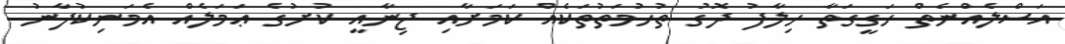
އަސްލެއްނެތް ހަގީގަތާ ހިލާފު ދޮގު ތުހުމަތުތަކެއް ކަމަށާއި ޖިނާއީ ކުށުގެ ޢަމަލެއް އެމަނިކުފާނު